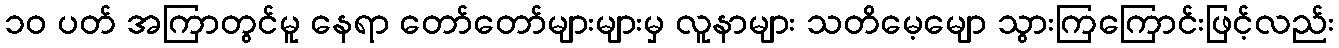
၁၀ ပတ် အကြာတွင်မူ နေရာ တော်တော်များများမှ လူနာများ သတိမေ့မျော သွားကြကြောင်းဖြင့်လည်း